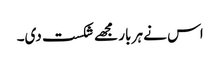
اس نے ہر بار مجھے شکست دی۔